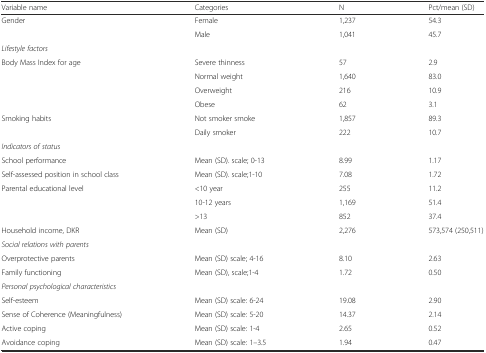
| Variable name | Categories | N | Pct/mean (SD) |
 | --- | --- | --- | --- |
 | Gender | Female | 1,237 | 54.3 |
 |  | Male | 1,041 | 45.7 |
 | Lifestyle factors |  |  |  |
 | Body Mass Index for age | Severe thinness | 57 | 2.9 |
 |  | Normal weight | 1,640 | 83.0 |
 |  | Overweight | 216 | 10.9 |
 |  | Obese | 62 | 3.1 |
 | Smoking habits | Not smoker smoke | 1,857 | 89.3 |
 |  | Daily smoker | 222 | 10.7 |
 | Indicators of status |  |  |  |
 | School performance | Mean (SD). scale; 0-13 | 8.99 | 1.17 |
 | Self-assessed position in school class | Mean (SD). scale;1-10 | 7.08 | 1.72 |
 | Parental educational level | <10 year | 255 | 11.2 |
 |  | 10-12 years | 1,169 | 51.4 |
 |  | >13 | 852 | 37.4 |
 | Household income, DKR | Mean (SD) | 2,276 | 573,574 (250,511) |
 | Social relations with parents |  |  |  |
 | Overprotective parents | Mean (SD) scale; 4-16 | 8.10 | 2.63 |
 | Family functioning | Mean (SD), scale;1-4 | 1.72 | 0.50 |
 | Personal psychological characteristics |  |  |  |
 | Self-esteem | Mean (SD) scale: 6-24 | 19.08 | 2.90 |
 | Sense of Coherence (Meaningfulness) | Mean (SD) scale: 5-20 | 14.37 | 2.14 |
 | Active coping | Mean (SD) scale: 1-4 | 2.65 | 0.52 |
 | Avoidance coping | Mean (SD) scale: 1–3.5 | 1.94 | 0.47 |